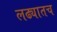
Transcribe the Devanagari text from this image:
लढ्यातच